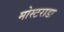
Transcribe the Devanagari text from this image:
मोस्टराडा